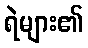
ရဲများ၏